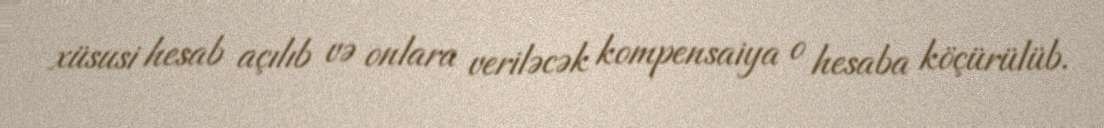
xüsusi hesab açılıb və onlara veriləcək kompensaiya o hesaba köçürülüb.